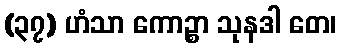
(၃၇) ဟံသာ ကောဉ္စာ သုနဒါ တေ၊